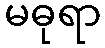
မဓုရာ